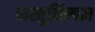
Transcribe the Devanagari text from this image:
वास्तूशिल्पज्ञ